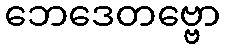
ဘေဒေတဗ္ဗော